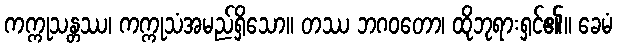
ကက္ကုသန္တဿ၊ ကက္ကုသံအမည်ရှိသော။ တဿ ဘဂဝတော၊ ထိုဘုရားရှင်၏။ ခေမံ